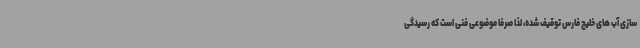
سازی آب های خلیج فارس توقیف شده، لذا صرفا موضوعی فنی است که رسیدگی